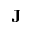
\mathbf { J }